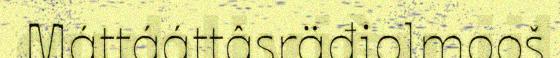
Máttááttâsräđiolmooš